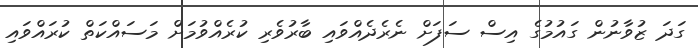
ގަދަ ޒުވާނުން ގައުމުގެ އިސް ސަފަށް ނެރެދެއްވައި ބާރުވެރި ކުރެއްވުމަށް މަސައްކަތް ކުރައްވައި